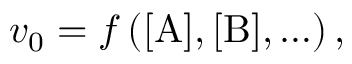
v _ { 0 } = f \left( [ \mathrm { A } ] , [ \mathrm { B } ] , \ldots \right) ,